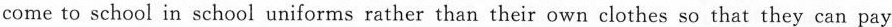
come to school in school uniforms rather than their own clothes so that they can pay